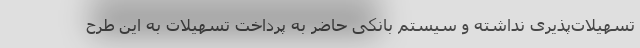
تسهیلات‌پذیری نداشته و سیستم بانکی حاضر به پرداخت تسهیلات به این طرح